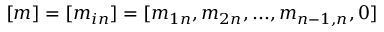
[ m ] = [ m _ { i n } ] = [ m _ { 1 n } , m _ { 2 n } , . . . , m _ { { n - 1 } , n } , 0 ]